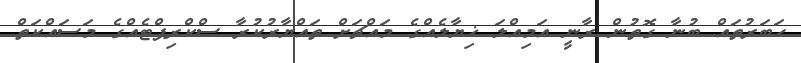
ހަބަރުތައް ބުނާ ގޮތުން ރާނީ އަމިއްލަ ޚިޔާލެއްގެ މައްޗަށް ތައްޔާރުކުރާ ސްކްރިޕްޓެއްގެ މަސައްކަތް